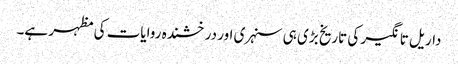
داریل تانگیر کی تاریخ بڑی ہی سنہری اور درخشندہ روایات کی مظہر ہے۔